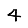
Digit: 4